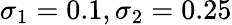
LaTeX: \sigma_{1}=0.1,\sigma_{2}=0.25